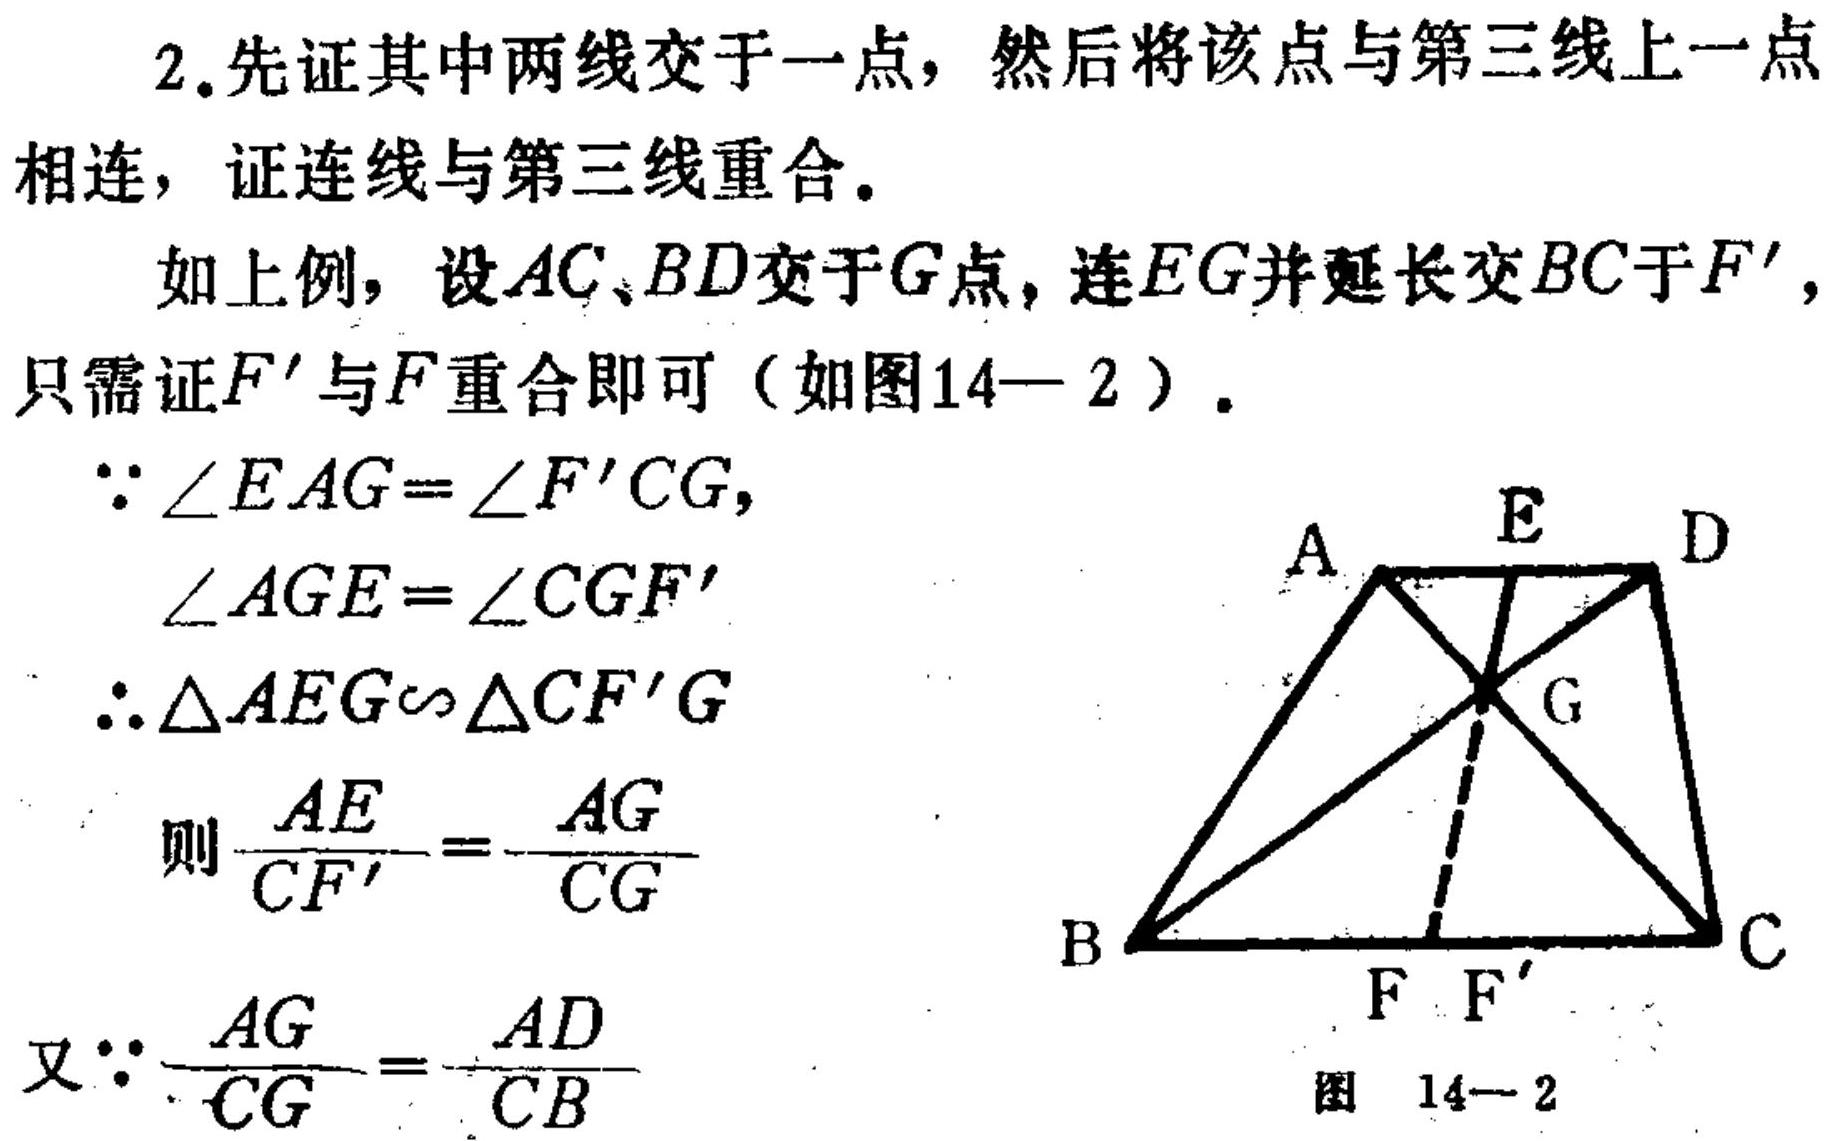
2.先证其中两线交于一点，然后将该点与第三线上一点
相连，证连线与第三线重合。
如上例，设\(AC、BD\)交于\(G\)点，连\(EG\)并延长交\(BC\)于\(F'\)，
只需证\(F'\)与\(F\)重合即可（如图14—2）.
\(\because\angle EAG=\angle F'CG,\)
\(\angle AGE=\angle CGF'\)
\(\therefore\triangle AEG\sim\triangle CF'G\)
则\(\frac{AE}{CF'}=\frac{AG}{CG}\)
又\(\because\frac{AG}{CG}=\frac{AD}{CB}\)
  ![图 14—2](https://pic2.zhimg.com/v2-8c8d8c8c8c8c8c8c8c8c8c8c8c8c8c8c_b.jpg)